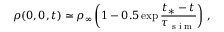
\rho ( 0 , 0 , t ) \simeq \rho _ { \infty } \left( 1 - 0 . 5 \exp \frac { t _ { * } - t } { \tau _ { \scriptsize { \mathrm { ~ s ~ i ~ m ~ } } } } \right) \, ,